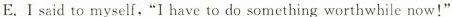
E.I said to myself, "I have to do something worthwhile now!"